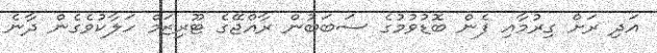
އަދި ރަށް ގިރުމާއި ފެން ބޮޑުވުމުގެ ސަބަބުން ރާއްޖޭގެ ޓޫރިޒަމް ހަލާކުވެގެން ދާނެ